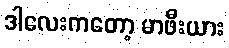
ဒါလေးကတော့ မာဖီးယား